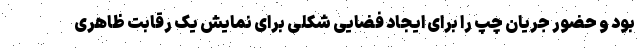
بود و حضور جریان چپ را برای ایجاد فضایی شکلی برای نمایش یک رقابت ظاهری